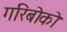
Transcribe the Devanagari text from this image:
गरिबोको